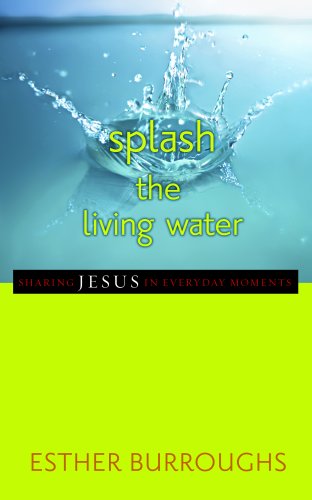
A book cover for Splash the Living Water: Sharing Jesus in Everyday Moments; Esther Burroughs; Christian Books & Bibles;